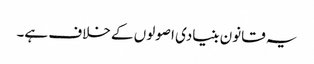
یہ قانون بنیادی اصولوں کے خلاف ہے۔